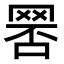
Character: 𦋑